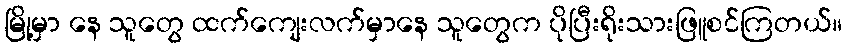
မြို့မှာ နေ သူတွေ ထက်ကျေးလက်မှာနေ သူတွေက ပိုပြီးရိုးသားဖြူစင်ကြတယ်။